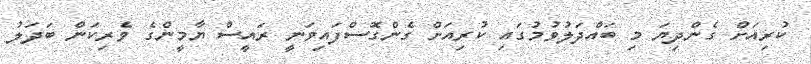
ކުރިއަށް ގެންދިޔަ މި ބައްދަލުވުމުގައި ކުރިއަށް ގެންގޮސްފައިވަނީ ރައީސް ޔާމީންގެ ވެރިކަން ބަދަލު